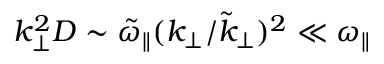
k _ { \perp } ^ { 2 } D \sim \tilde { \omega } _ { \parallel } ( k _ { \perp } / \tilde { k } _ { \perp } ) ^ { 2 } \ll \omega _ { \parallel }